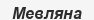
Мевляна